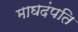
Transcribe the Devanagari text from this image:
माघदंपति